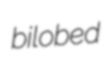
bilobed